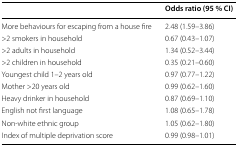
<table><thead><tr><td></td><td><b>Odds ratio (95 % CI)</b></td></tr></thead><tbody><tr><td>More behaviours for escaping from a house fire</td><td>2.48 (1.59–3.86)</td></tr><tr><td>&gt;2 smokers in household</td><td>0.67 (0.43–1.07)</td></tr><tr><td>&gt;2 adults in household</td><td>1.34 (0.52–3.44)</td></tr><tr><td>&gt;2 children in household</td><td>0.35 (0.21–0.60)</td></tr><tr><td>Youngest child 1–2 years old</td><td>0.97 (0.77–1.22)</td></tr><tr><td>Mother &gt;20 years old</td><td>0.99 (0.62–1.60)</td></tr><tr><td>Heavy drinker in household</td><td>0.87 (0.69–1.10)</td></tr><tr><td>English not first language</td><td>1.08 (0.65–1.78)</td></tr><tr><td>Non-white ethnic group</td><td>1.05 (0.62–1.80)</td></tr><tr><td>Index of multiple deprivation score</td><td>0.99 (0.98–1.01)</td></tr></tbody></table>